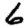
Digit: 6